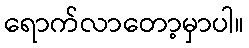
ရောက်လာတော့မှာပါ။